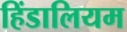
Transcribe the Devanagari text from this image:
हिंडालियम